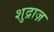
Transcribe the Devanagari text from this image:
शुद्राज़